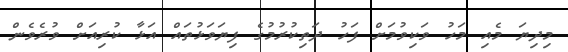
މިދިޔަ މެއި މަހު ވަކިވުމަށް ފަހު ދަތިކުރުމުގެ ފިޔަވަޅުތައް އަޅާ ކުރިއަށް ވުރެވެން